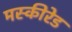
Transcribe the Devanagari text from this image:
मस्कीरेड